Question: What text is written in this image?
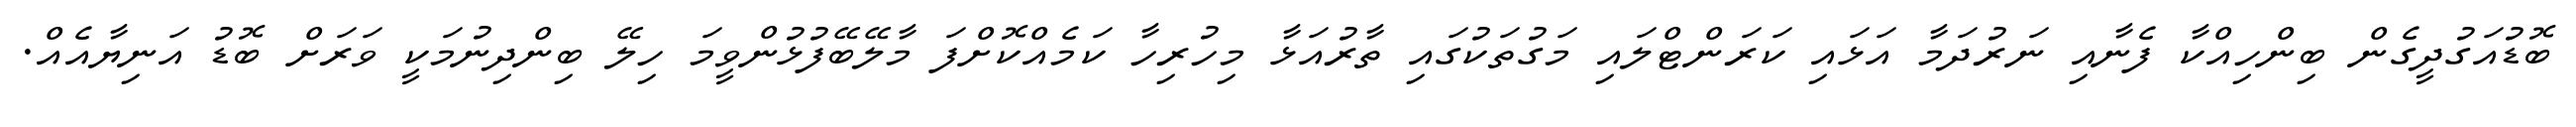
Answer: ބޮޑުއަގުދީގެން ބިންހިއްކާ ފެނާއި ނަރުދަމާ އަޅައި ކަރަންޓްލައި މަގުތަކުގައި ތާރުއަޅާ މިހުރިހާ ކަމެއްކޮށްފަ މާލޭބޭފުޅުންވީމަ ހިލޭ ބިންދިނުމަކީ ވަރަށް ބޮޑު އަނިޔާއެއް.